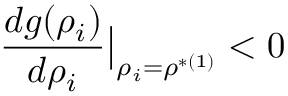
\frac { d g ( \rho _ { i } ) } { d \rho _ { i } } \big | _ { \rho _ { i } = \rho ^ { * ( 1 ) } } < 0